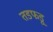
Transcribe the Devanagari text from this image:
तडफडू